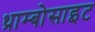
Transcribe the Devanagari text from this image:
थ्राम्बोसाइट